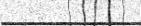
٧٦